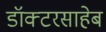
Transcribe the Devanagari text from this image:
डॉक्टरसाहेब